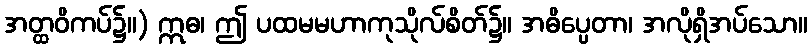
အတ္ထဝိကပ်၌။) ဣဓ၊ ဤ ပထမမဟာကုသိုလ်စိတ်၌။ အဓိပ္ပေတာ၊ အလိုရှိအပ်သော။